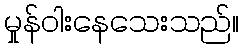
မှုန်ဝါးနေသေးသည်။